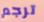
ترجم